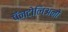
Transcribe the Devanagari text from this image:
पॅनटोलिअनो